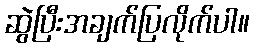
ဆွဲပြီးအချက်ပြလိုက်ပါ။